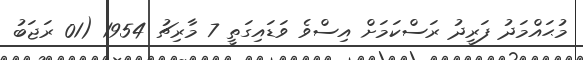
މުޙައްމަދު ފަރީދު ރަސްކަމަށް އިސްވެ ވަޑައިގަތީ 7 މާރިޗު 1954 (01 ރަޖަބު